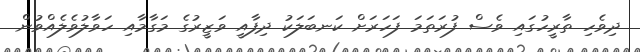
ދިވެހި ތާރީހުގައި ވެސް ފުރަތަމަ ފަހަރަށް ކަނބަލަކު ދިފާއީ ވަޒީރުގެ މަގާމާއި ހަވާލުވެލެއްވުން